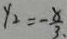
y _ { 2 } = - \frac { 8 } { 3 }